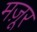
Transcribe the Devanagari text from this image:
मज़ूर